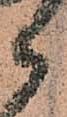
候